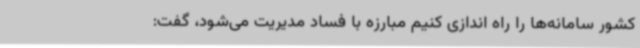
کشور سامانه‌ها را راه اندازی کنیم مبارزه با فساد مدیریت می‌شود، گفت: